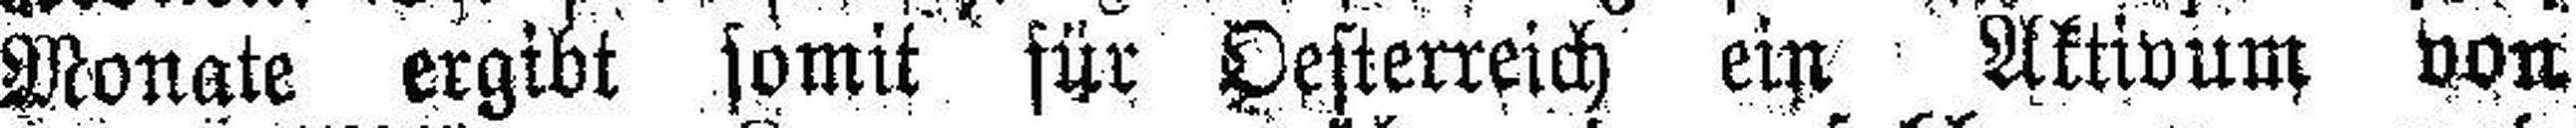
Monate ergibt somit für Oesterreich ein Aktivum von